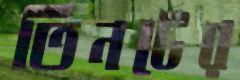
তিনটের